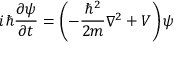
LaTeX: i \hbar { \frac { \partial \psi } { \partial t } } = \left( - { \frac { \hbar ^ { 2 } } { 2 m } } \nabla ^ { 2 } + V \right) \psi \quad